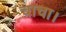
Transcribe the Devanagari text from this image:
चाचा।